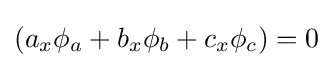
(a_{x}\phi _{a}+b_{x}\phi _{b}+c_{x}\phi _{c})=0